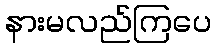
နားမလည်ကြပေ